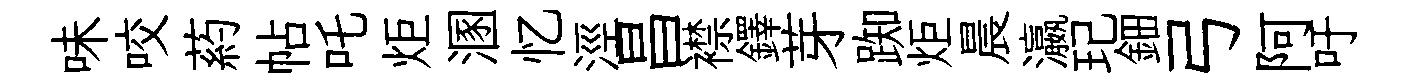
味咬葯帖吒炬溷忆涇昌襟鐸芽踟炬晨瀛玘鈿弓阿吁